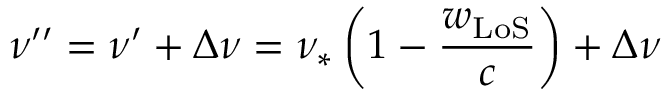
\nu ^ { \prime \prime } = \nu ^ { \prime } + \Delta \nu = \nu _ { \ast } \left( 1 - \frac { w _ { \mathrm { L o S } } } { c } \right) + \Delta \nu